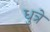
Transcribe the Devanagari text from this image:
धुत्रे